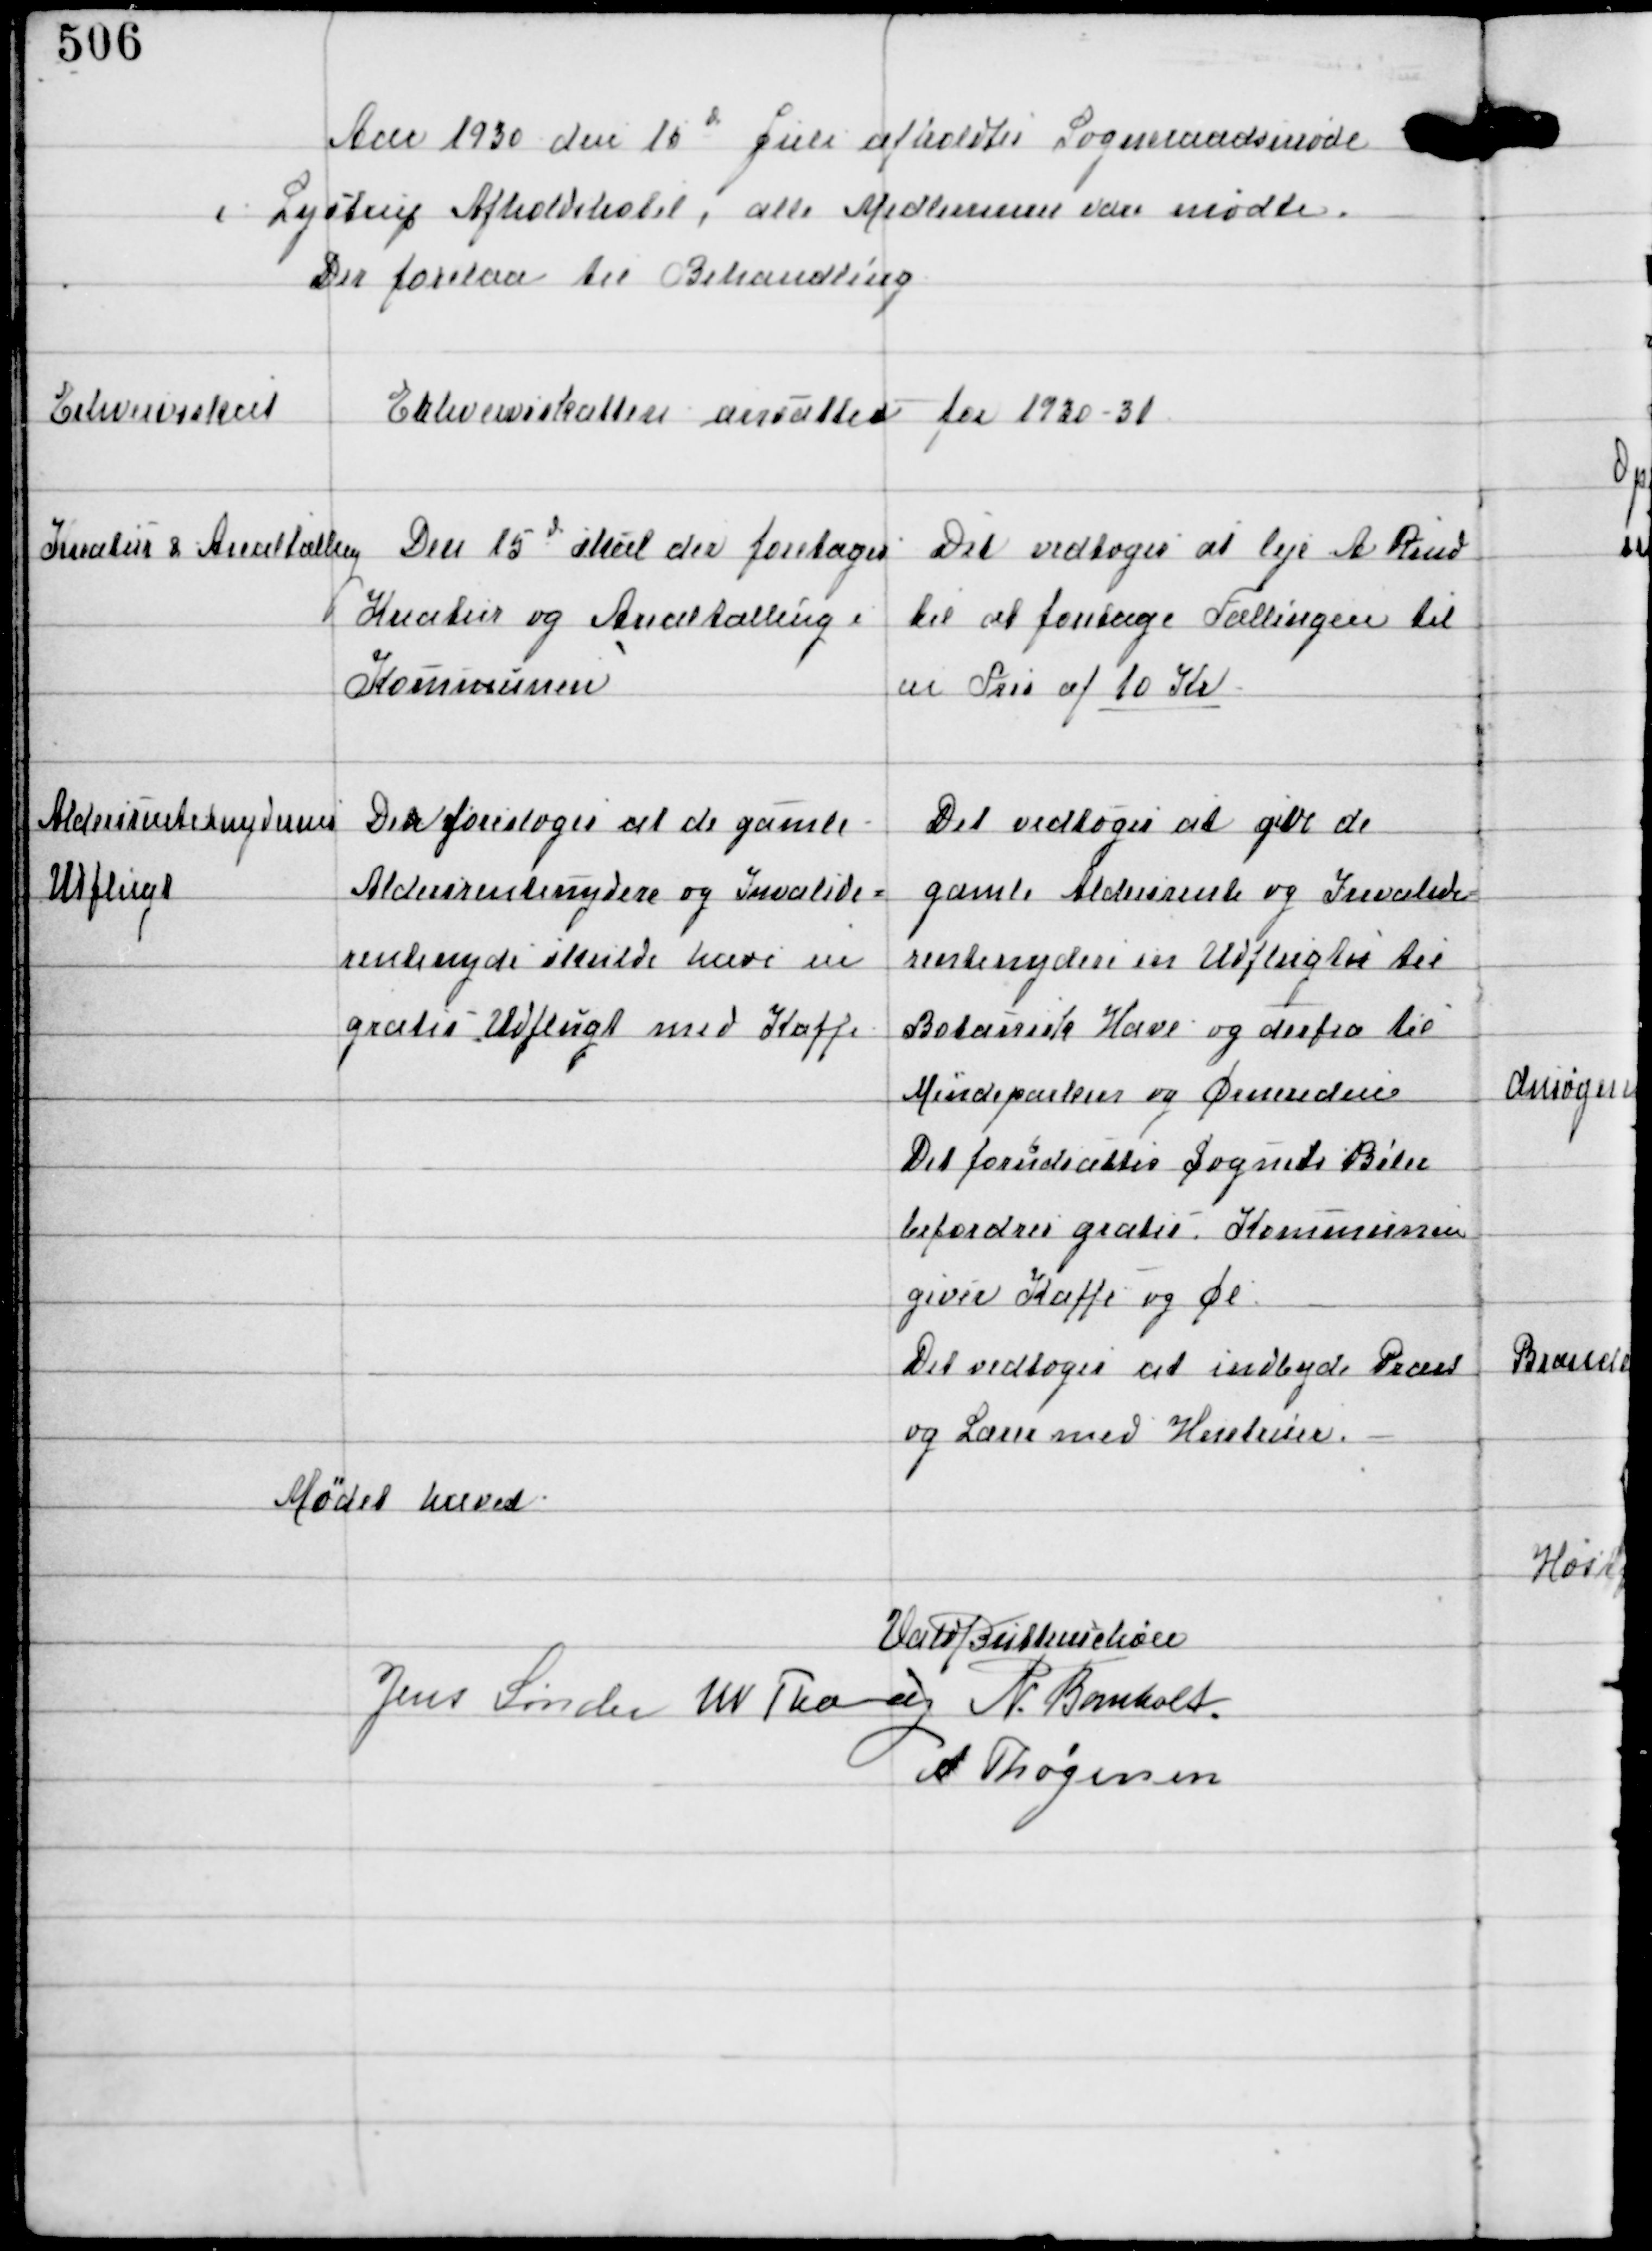
Transskription:
Aar 1930 den 10d Juli afholdtes Sogneraadsmøde
i Lystrup Afholdshotel, alle Medlemmer vare mødte.
Der forelaa til Behandling

Erhvervsskat

Erhvervsskatten ansattes for 1930-31

Kreatur & Arealtælling

Den 15d skal der foretages
Kreatur og Arealtælling i
Kommunen

Det vedtoges at leje A Rind
til at foretage Tællingen til
en Pris af 10 Kr

Aldersrentenydernes
Udflugt

Den foresloges at de gamle
Aldersrentenydere og Invalide-
rentenyde skulde have en
gratis Udflugt med Kaffe

Det vedtoges at give de
gamle Aldersrente og Invalide-
rentenydere en Udflugtn til
Botanisk Have og derfra til
Mindeparken og Ørnereden
Det forudsættes Sognets Biler
befordrer gratis. Kommunen
giver Kaffe og Øl
Det vedtoges at indbyde Præst
og Lærer med Hustruer.

Mødet hævet

Vald Buttenschøn
Jens Sønder W Thorup N. Bomholt
A Thøgersen